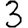
Digit: 3